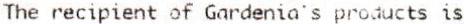
THE RECIPIENT OF GARDENIA'S PRODUCTS IS